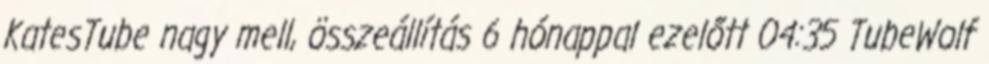
KatesTube nagy mell, összeállítás 6 hónappal ezelőtt 04:35 TubeWolf